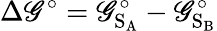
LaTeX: \Delta\mathscr{G}^{\circ}=\mathscr{G}_{\mathrm{{S}}_{\mathrm{{A}}}}^{\circ}-\mathscr{G}_{\mathrm{{S}}_{\mathrm{{B}}}}^{\circ}